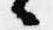
々